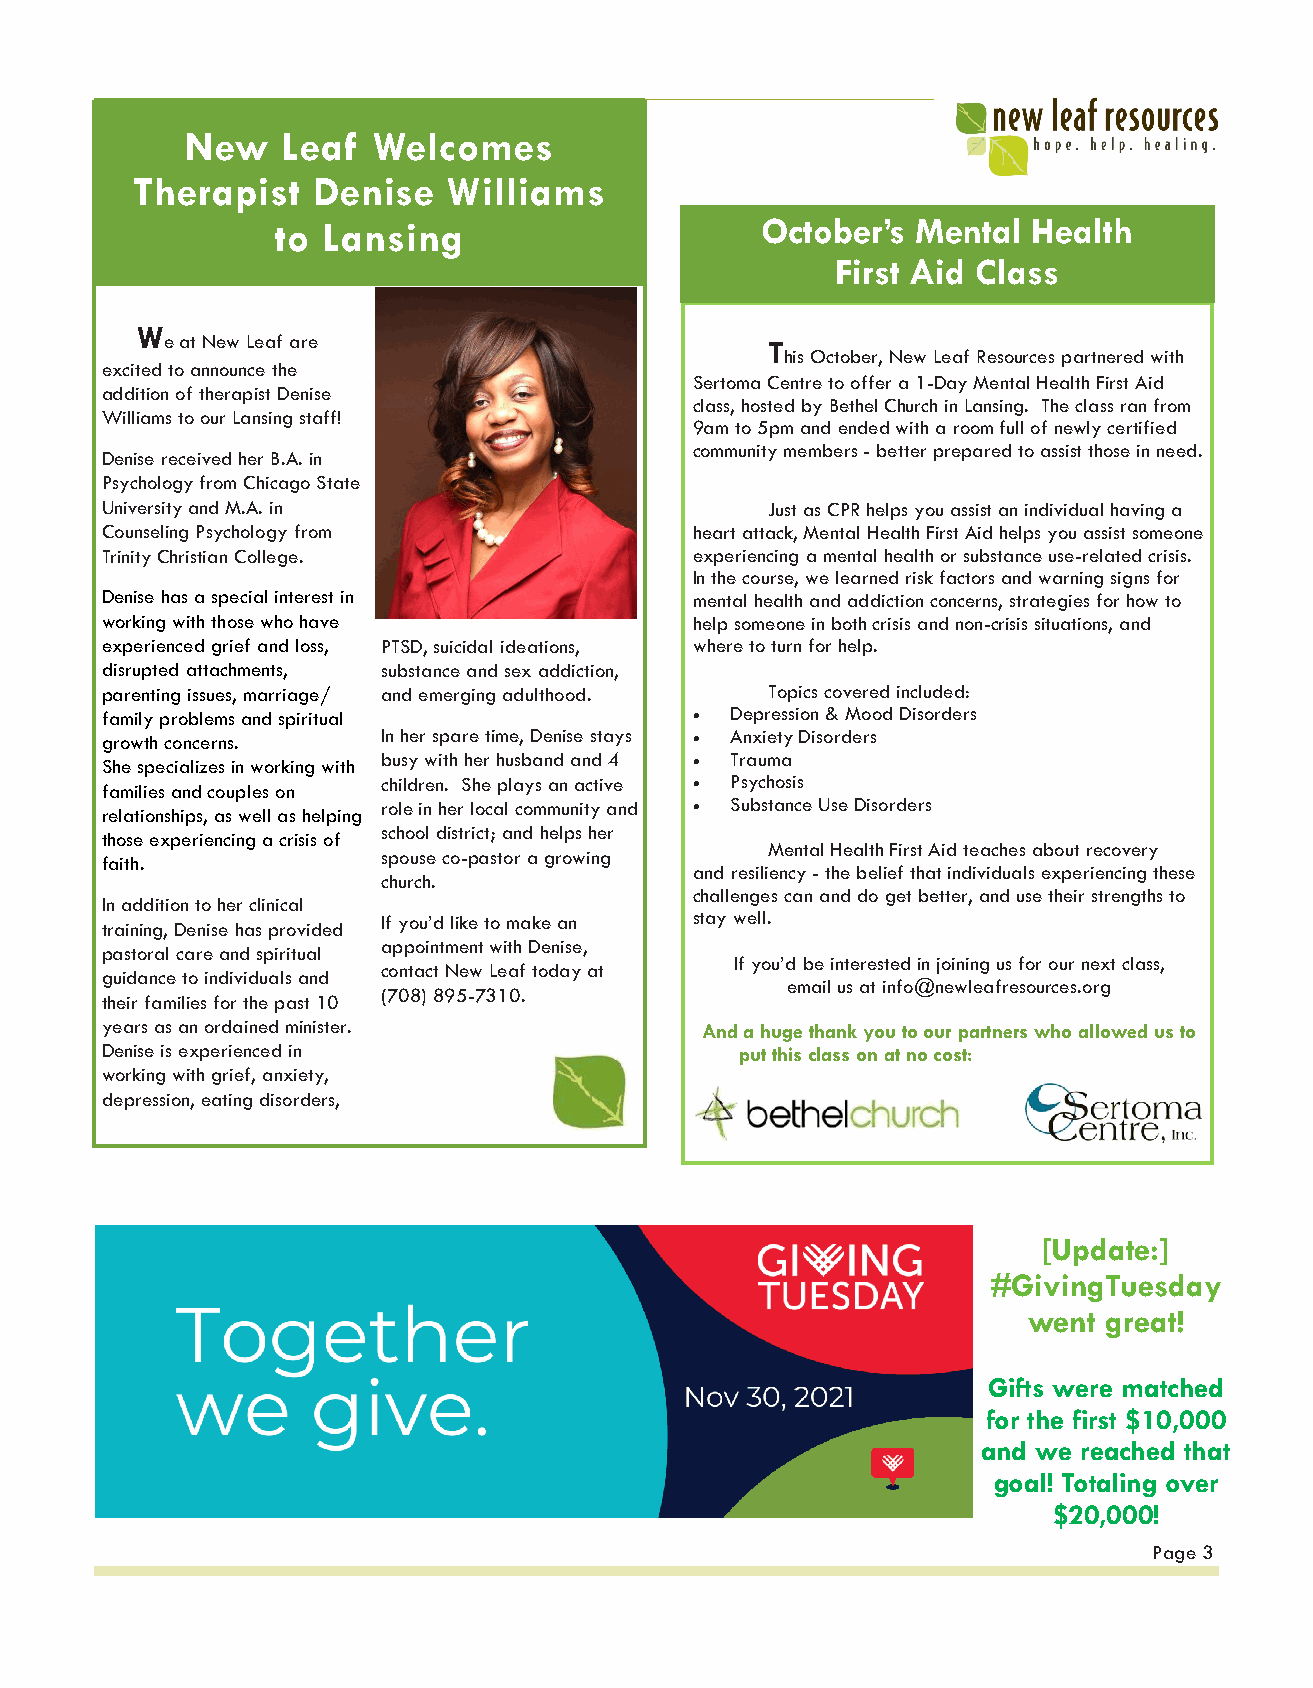
New    Leaf  Welcomes
 Therapist   Denise   Williams
 to Lansing                      October’s  Mental Health
 First Aid Class
 W
 e at New Leaf are                       T
 his October, New Leaf Resources partnered with
 excited to announce the
 Sertoma Centre to offer a 1-Day Mental Health First Aid
 addition of therapist Denise
 class, hosted by Bethel Church in Lansing. The class ran from
 Williams to our Lansing staff!
 9am to 5pm and ended with a room full of newly certified
 community members - better prepared to assist those in need.
 Denise received her B.A. in
 Psychology from Chicago State
 University and M.A. in                      Just as CPR helps you assist an individual having a
 Counseling Psychology from             heart attack, Mental Health First Aid helps you assist someone
 Trinity Christian College.             experiencing a mental health or substance use-related crisis.
 In the course, we learned risk factors and warning signs for
 Denise has a special interest in       mental health and addiction concerns, strategies for how to
 working with those who have            help someone in both crisis and non-crisis situations, and
 experienced grief and loss, PTSD, suicidal ideations, where to turn for help.
 disrupted attachments, substance and sex addiction,
 parenting issues, marriage/ and emerging adulthood. Topics covered included:
 family problems and spiritual          • Depression & Mood Disorders
 growth concerns.  In her spare time, Denise stays • Anxiety Disorders
 She specializes in working with busy with her husband and 4 • Trauma
 families and couples on children. She plays an active • Psychosis
 relationships, as well as helping role in her local community and • Substance Use Disorders
 school district; and helps her
 those experiencing a crisis of
 Mental Health First Aid teaches about recovery
 spouse co-pastor a growing
 faith.
 and resiliency - the belief that individuals experiencing these
 church.
 challenges can and do get better, and use their strengths to
 In addition to her clinical
 If you’d like to make an stay well.
 training, Denise has provided
 appointment with Denise,
 pastoral care and spiritual
 If you’d be interested in joining us for our next class,
 contact New Leaf today at
 guidance to individuals and
 email us at info@newleafresources.org
 (708) 895-7310.
 their families for the past 10
 years as an ordained minister.         And a huge thank you to our partners who allowed us to
 Denise is experienced in                  put this class on at no cost:
 working with grief, anxiety,
 depression, eating disorders,
 [Update:]
 #GivingTuesday
 went great!
 Gifts were matched
 for the first $10,000
 and we reached that
 goal! Totaling over
 $20,000!
 Page 3